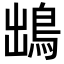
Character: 𩿩